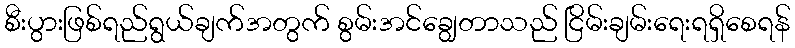
စီးပွားဖြစ်ရည်ရွယ်ချက်အတွက် စွမ်းအင်ချွေတာသည် ငြိမ်းချမ်းရေးရရှိစေရန်